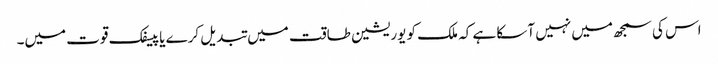
اس کی سمجھ میں نہیں آسکا ہے کہ ملک کو یوریشین طاقت میں تبدیل کرے یا پیسفک قوت میں۔